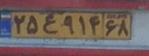
۵۹م۷۵۹۶۸